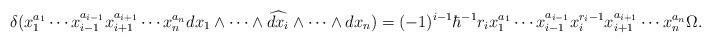
LaTeX: \begin{align*}\delta(x_1^{a_1} \cdots x_{i-1}^{a_{i-1}} x_{i+1}^{a_{i+1}} \cdots x_n^{a_n} dx_1 \wedge \cdots \wedge \widehat{dx_i} \wedge \cdots \wedge dx_n) = (-1)^{i-1} \hbar^{-1} r_i x_1^{a_1} \cdots x_{i-1}^{a_{i-1}} x_i^{r_i-1} x_{i+1}^{a_{i+1}} \cdots x_n^{a_n} \Omega.\end{align*}